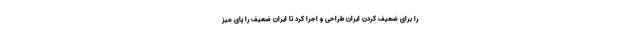
را برای ضعیف کردن ایران طراحی و اجرا کرد تا ایران ضعیف را پای میز